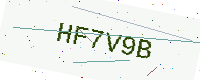
Text: HF7V9B